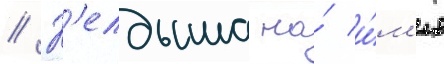
// К'елдыша на́ и́м'я